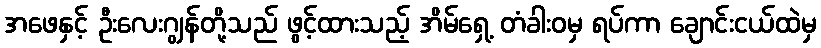
အဖေနှင့် ဦးလေးဂျွန်တို့သည် ဖွင့်ထားသည့် အိမ်ရှေ့ တံခါးဝမှ ရပ်ကာ ချောင်းငယ်ထဲမှ